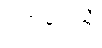
ရဲတပ်ဖွဲ့သို့